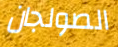
الصولجان